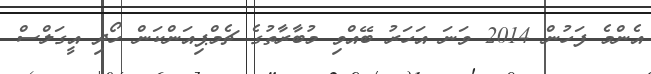
އެންމެ ފަހުން 2014 ވަނަ އަހަރު ބޭއްވި މުބާރާތުގެ ޗެމްޕިއަންކަން ހޯދި އީގަލްސް